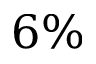
6 \%